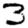
Digit: 3